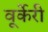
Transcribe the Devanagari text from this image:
वूर्केरी